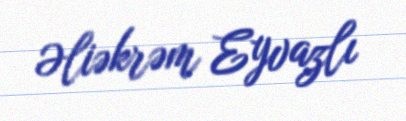
Əliəkrəm Eyvazlı